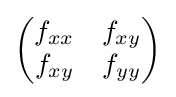
{\begin{pmatrix}f_{xx}&f_{xy}\\f_{xy}&f_{yy}\end{pmatrix}}